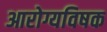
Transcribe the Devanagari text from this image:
आरोग्यविषक